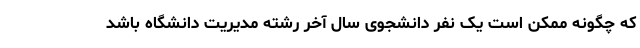
که چگونه ممکن است یک نفر دانشجوی سال آخر رشته مدیریت دانشگاه باشد